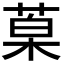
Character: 𮏦